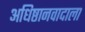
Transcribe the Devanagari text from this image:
अधिष्ठानवादाला